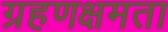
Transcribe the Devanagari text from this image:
ग्रहणक्षमता